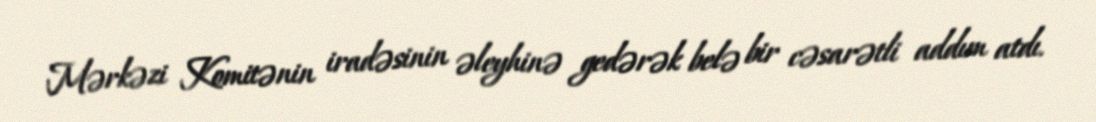
Mərkəzi Komitənin iradəsinin əleyhinə gedərək belə bir cəsarətli addım atdı.